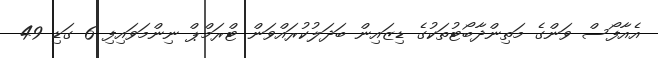
އެއާފޯސް ވަންގެ މަތިންދާބޯޓުތަކުގެ ޑިޒައިން ބަދަލުކުރައްވަން ޓްރަމްޕް ނިންމަވައިފި 6 ގަޑި 49